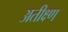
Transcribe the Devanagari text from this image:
अतीक्ष्ण